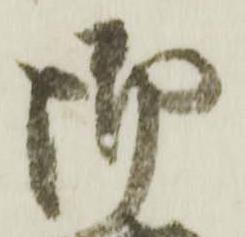
御